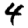
Digit: 4